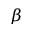
\beta